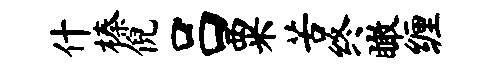
什榛倪吕粟苦终瞰缠